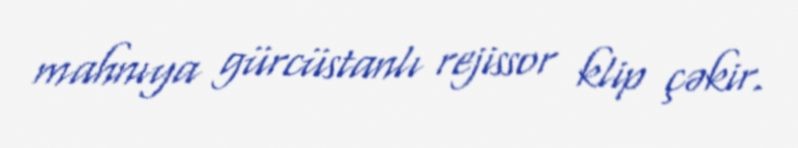
mahnıya gürcüstanlı rejissor klip çəkir.